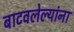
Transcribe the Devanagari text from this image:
बाटवलेल्यांना